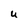
Character: u